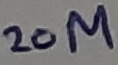
Text: 20M